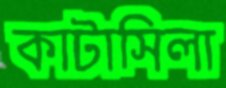
কাটাসিলা